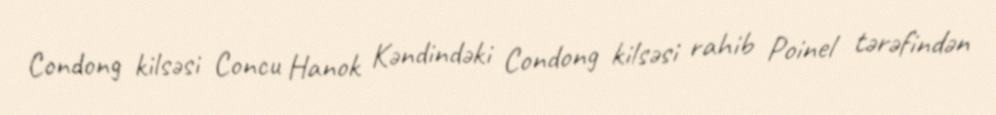
Condong kilsəsi Concu Hanok Kəndindəki Condong kilsəsi rahib Poinel tərəfindən